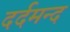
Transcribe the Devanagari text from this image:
दर्दमन्द